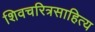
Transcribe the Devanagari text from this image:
शिवचरित्रसाहित्य